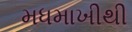
મધમાખીથી